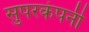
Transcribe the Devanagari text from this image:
सुपरकंपनी